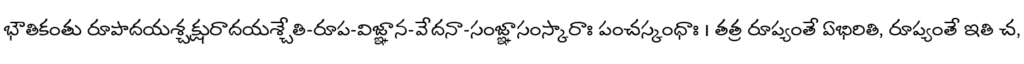
భౌతికంతు రూపాదయశ్చక్షురాదయశ్చేతి-రూప-విజ్ఞాన-వేదనా-సంజ్ఞాసంస్కారాః పంచస్కంధాః । తత్ర రూప్యంతే ఏభిరితి, రూప్యంతే ఇతి చ,